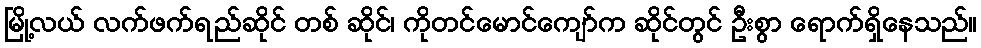
မြို့လယ် လက်ဖက်ရည်ဆိုင် တစ် ဆိုင်၊ ကိုတင်မောင်ကျော်က ဆိုင်တွင် ဦးစွာ ရောက်ရှိနေသည်။